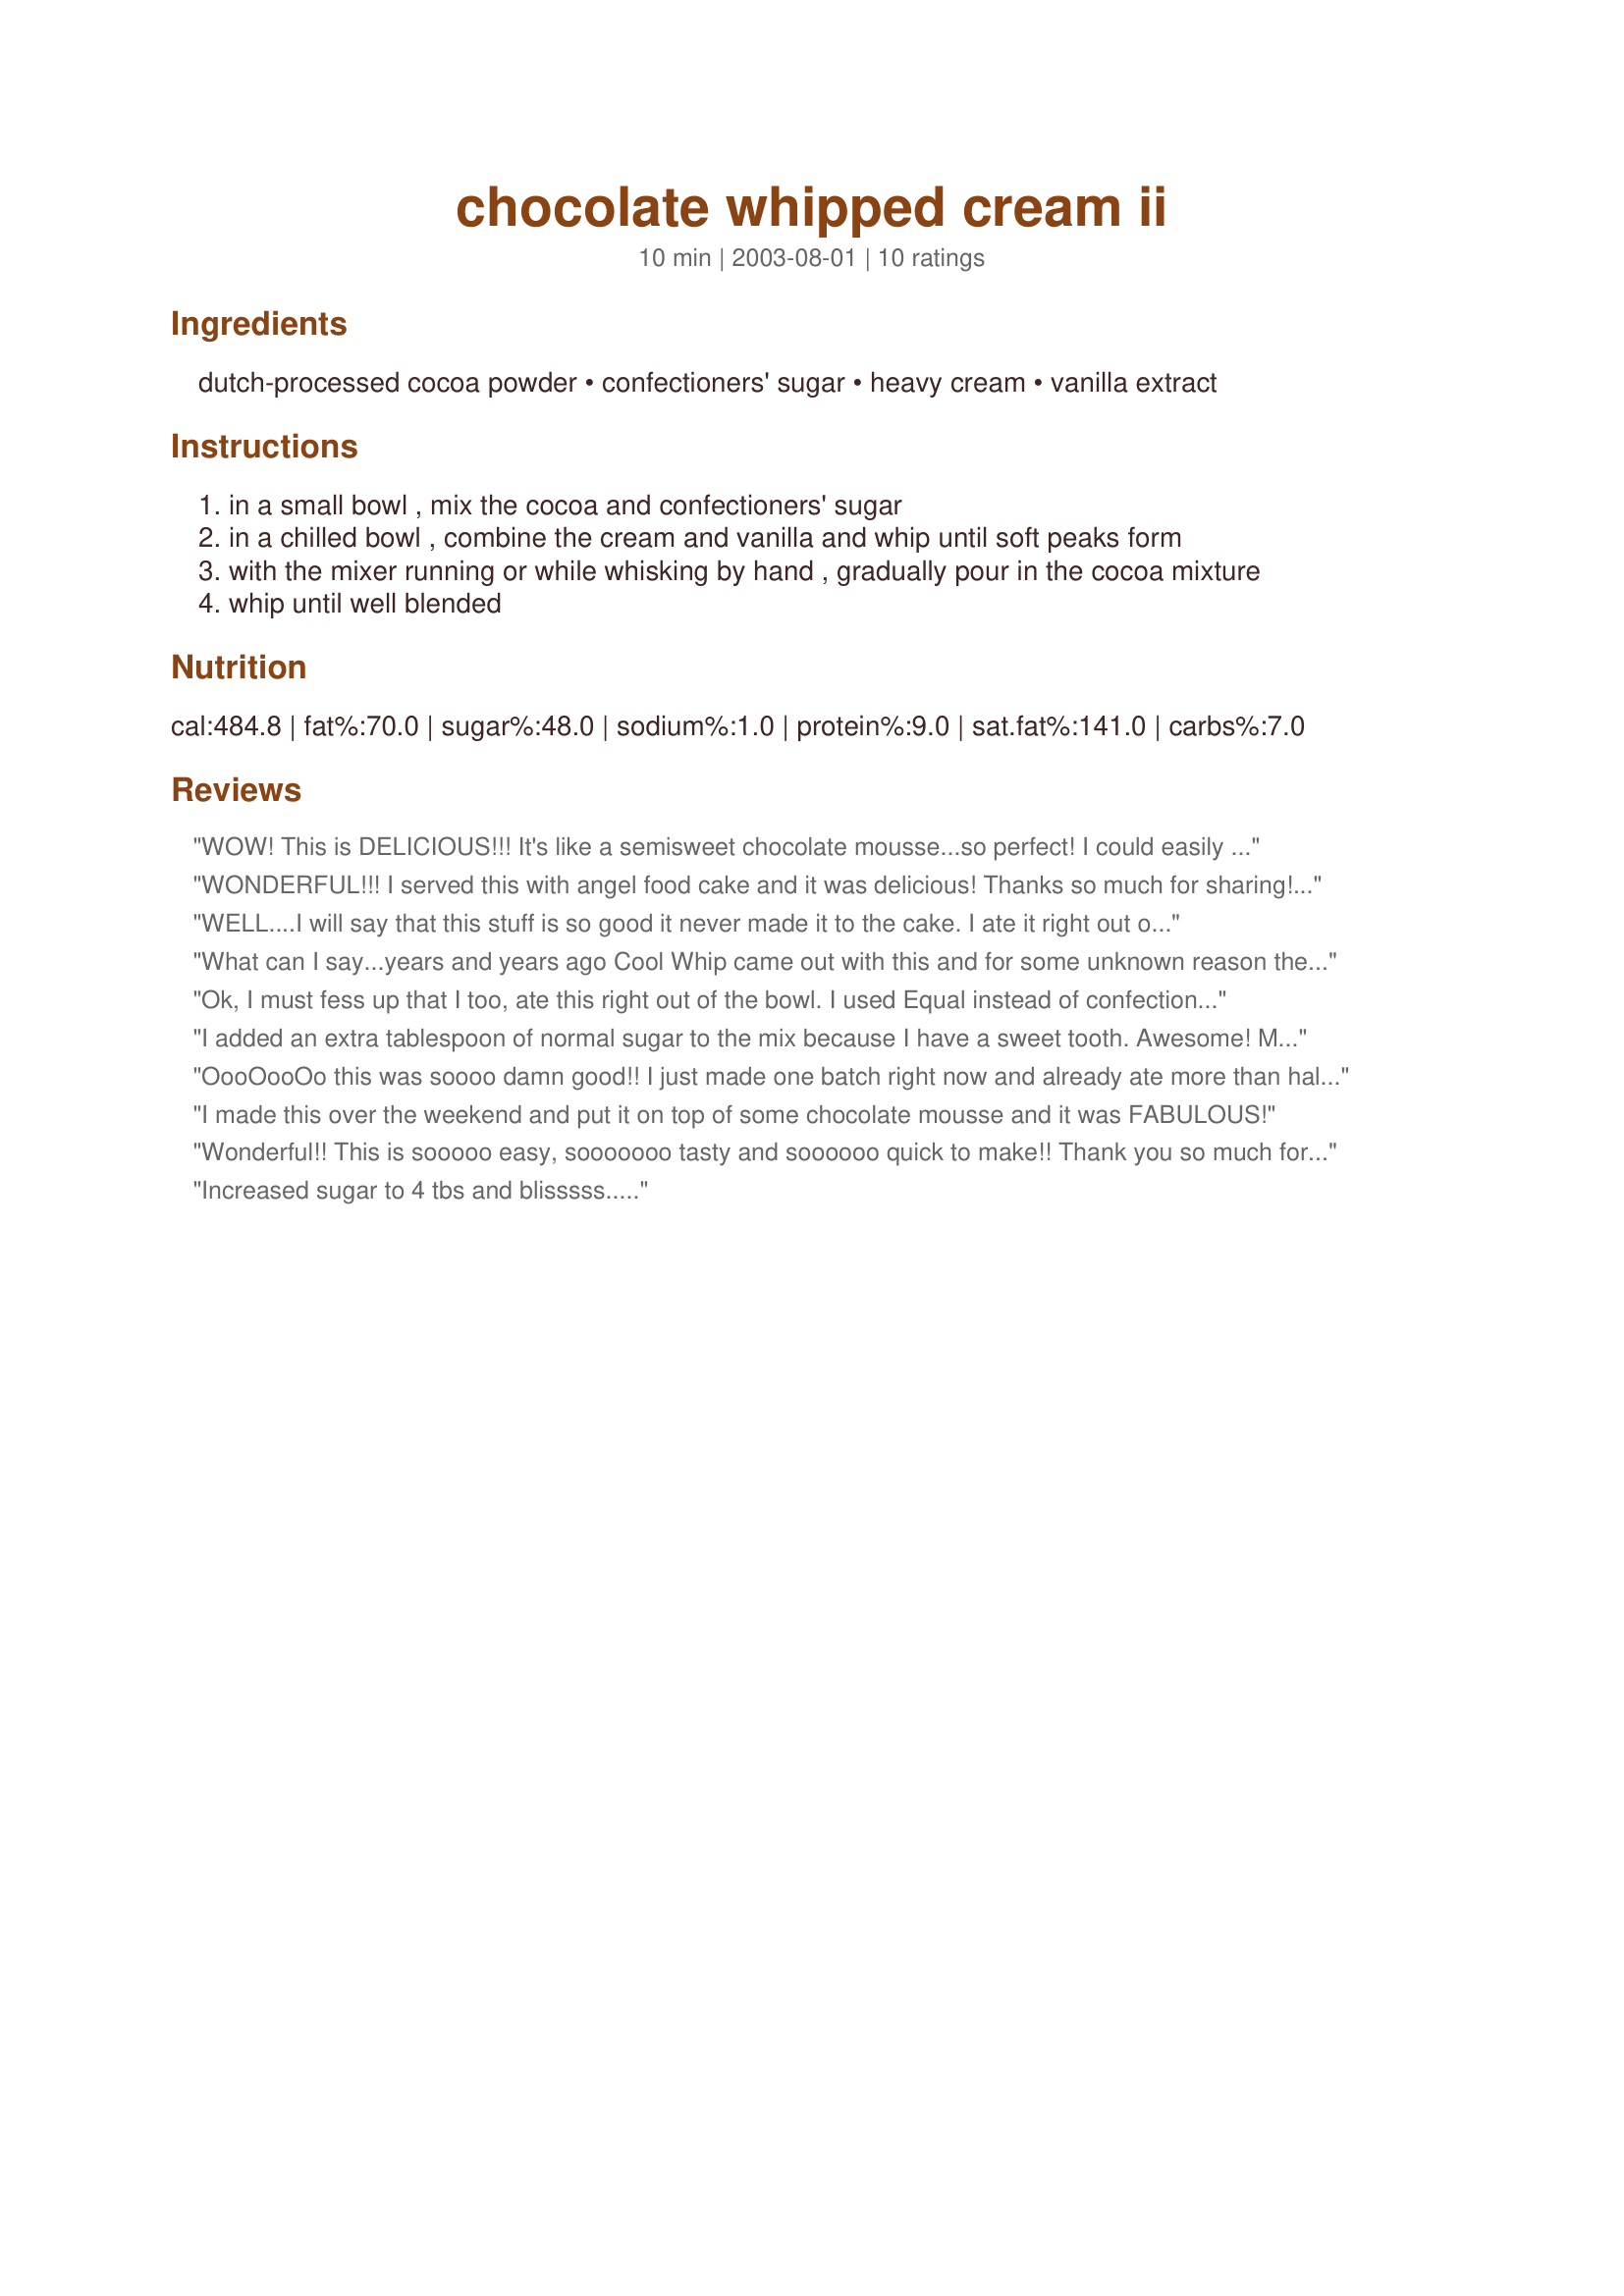
chocolate whipped cream ii
Preparation time: 10 minutes

Ingredients:
dutch-processed cocoa powder, confectioners' sugar, heavy cream, vanilla extract

Steps:
in a small bowl , mix the cocoa and confectioners' sugar
in a chilled bowl , combine the cream and vanilla and whip until soft peaks form
with the mixer running or while whisking by hand , gradually pour in the cocoa mixture
whip until well blended

Reviews:
WOW! This is DELICIOUS!!! It's like a semisweet chocolate mousse...so perfect! I could easily eat the whole thing all by itself and myself!!! YUM!
WONDERFUL!!! I served this with angel food cake and it was delicious! Thanks so much for sharing!!!!!! My husband said he would give it a ten out of 5 ;).

WELL....I will say that this stuff is so good it never made it to the cake. I ate it right out of the bowl!!!

THANK YOU SO MUCH FOR SHARING THIS RECIPE. It reminded me of a dessert that they used to have at a local restaurant that I could not find the recipe for once they closed.

I will be making this all of the time now!
What can I say...years and years ago Cool Whip came out with this and for some unknown reason they stopped. I called them at this time and they simply said there was not the demand. At Christmas they had a limited number of Chocolate Cool Whips out and I got one. NOW I can have it anytime. Thanks for the recipe. So easy and taste as good as Cool Whips Chocolate if not better.
Ok, I must fess up that I too, ate this right out of the bowl. I used Equal instead of confectioners sugar, and this didn't seem to diminish the thrill at all..this was like a dense, delicious chocolate mousse.
I added an extra tablespoon of normal sugar to the mix because I have a sweet tooth. Awesome! My arm is really tired from doing this by hand, but well worth the effort.
OooOooOo this was soooo damn good!! I just made one batch right now and already ate more than half of it LOL! I made 5 batches in the last two days- yes it's THAT good- and filled Cream Puffs Recipe# 74562 with this and also, used this instead of regular cool whip in Strawberry Heaven Recipe# 90962. This is just excellent. Thanks for a keeper Mean :)
I made this over the weekend and put it on top of some chocolate mousse and it was FABULOUS!
Wonderful!! This is sooooo easy, sooooooo tasty and soooooo quick to make!! Thank you so much for sharing! I can't wait to bake a cake(we celebrate a big festival today) and use this cream in my piping bag to decorate my cake with chocolate roses! You just made my day! THANK YOU!!!
Increased sugar to 4 tbs and blisssss.....
